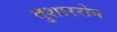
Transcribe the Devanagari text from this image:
तुशाररोग